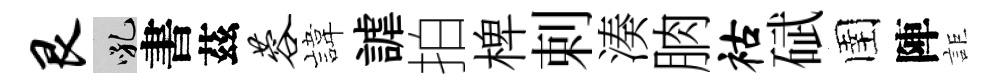
艮吼書茲蓉旗謔拍椑剌湊朒祜碔圉陣詎